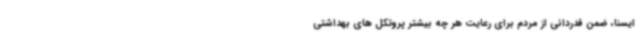
ایسنا، ضمن قدردانی از مردم برای رعایت هر چه بیشتر پروتکل های بهداشتی